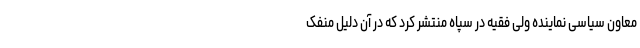
معاون سیاسی نماینده ولی فقیه در سپاه منتشر کرد که در آن دلیل منفک